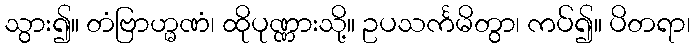
သွား၍။ တံဗြာဟ္မဏံ၊ ထိုပုဏ္ဏားသို့။ ဥပသင်္ကမိတွာ၊ ကပ်၍။ ပိတရာ၊